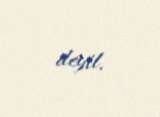
deyil.